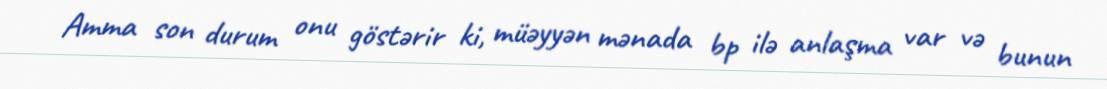
Amma son durum onu göstərir ki, müəyyən mənada bp ilə anlaşma var və bunun